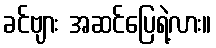
ခင်ဗျား အဆင်ပြေရဲ့လား။